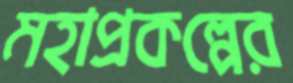
মহাপ্রকল্পের